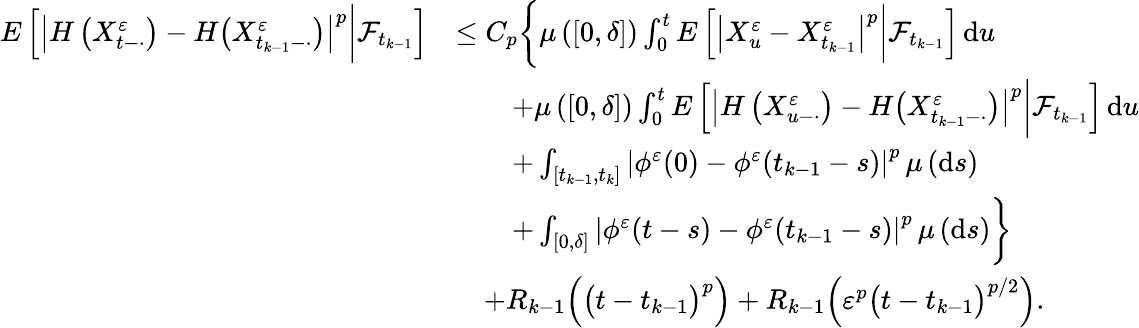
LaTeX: \begin{array}{rl}{E\left[\left|H\left(X_{t-\cdot}^{\varepsilon}\right)-H\big(X_{t_{k-1}-\cdot}^{\varepsilon}\big)\right|^{p}\bigg|\mathcal{F}_{t_{k-1}}\right]}&{\leq C_{p}\bigg\{ \mu\left(\left[0,\delta\right]\right)\int_{0}^{t}E\left[\left|X_{u}^{\varepsilon}-X_{t_{k-1}}^{\varepsilon}\right|^{p}\bigg|\mathcal{F}_{t_{k-1}}\right]\, \mathrm{d}u}\\ &{\qquad+\mu\left(\left[0,\delta\right]\right)\int_{0}^{t}E\left[\left|H\left(X_{u-\cdot}^{\varepsilon}\right)-H\big(X_{t_{k-1}-\cdot}^{\varepsilon}\big)\right|^{p}\bigg|\mathcal{F}_{t_{k-1}}\right]\, \mathrm{d}u}\\ &{\qquad+\int_{[t_{k-1},t_{k}]}\left|\phi^{\varepsilon}(0)-\phi^{\varepsilon}(t_{k-1}-s)\right|^{p}\, \mu\left(\mathrm{d}s\right)}\\ &{\qquad+\int_{[0,\delta]}\left|\phi^{\varepsilon}(t-s)-\phi^{\varepsilon}(t_{k-1}-s)\right|^{p}\, \mu\left(\mathrm{d}s\right)\bigg\} }\\ &{\quad+R_{k-1}\Big(\big(t-t_{k-1}\big)^{p}\Big)+R_{k-1}\Big(\varepsilon^{p}\big(t-t_{k-1}\big)^{p/2}\Big).}\end{array}